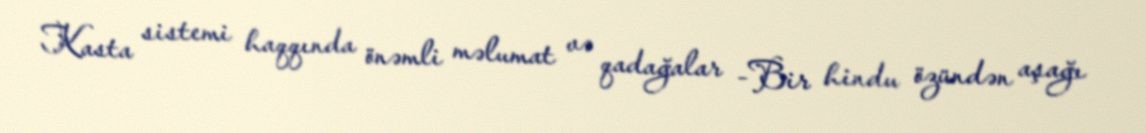
Kasta sistemi haqqında önəmli məlumat və qadağalar -Bir hindu özündən aşağı